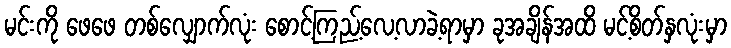
မင်းကို ဖေဖေ တစ်လျှောက်လုံး စောင့်ကြည့်လေ့လာခဲ့ရာမှာ ခုအချိန်အထိ မင့်စိတ်နှလုံးမှာ